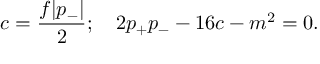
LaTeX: c = { \frac { f | p _ { - } | } { 2 } } ; \quad 2 p _ { + } p _ { - } - 1 6 c - m ^ { 2 } = 0 .